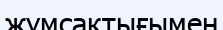
жұмсақтығымен